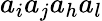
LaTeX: a_{i}a_{j}a_{h}a_{l}